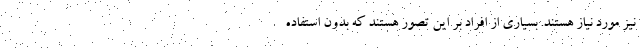
نیز مورد نیاز هستند. بسیاری از افراد بر این تصور هستند که بدون استفاده